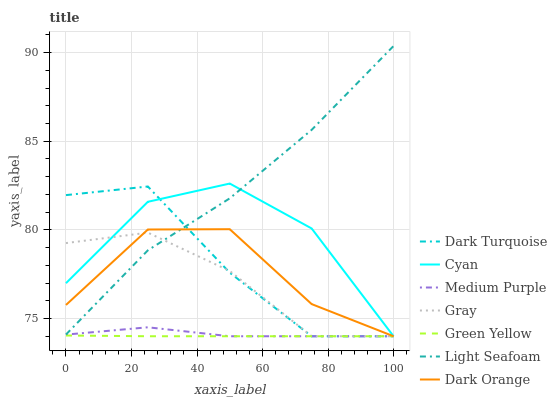
| xaxis_label | Dark Turquoise | Cyan | Medium Purple | Gray | Green Yellow | Light Seafoam | Dark Orange |
 | --- | --- | --- | --- | --- | --- | --- | --- |
 | 0 | 82 | 77 | 74.1 | 79.3 | 74 | 74.1 | 75.8 |
 | 25 | 82.4 | 81.6 | 74.5 | 79.8 | 74 | 78.8 | 80 |
 | 50 | 77.6 | 82.6 | 74 | 77.7 | 74 | 81.8 | 80 |
 | 75 | 74 | 80.1 | 74 | 74 | 74 | 85.6 | 75.8 |
 | 100 | 74 | 74 | 74 | 74 | 74 | 90.4 | 74 |